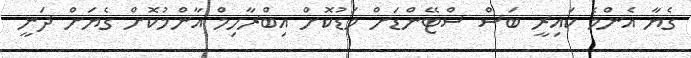
ގެޔާ އެންމެ ކައިރީ ބަސް ސްޓޭންޑަށް މަޑުކޮށް އިބްރާހިމް އާންމުކޮށް ގެޔަށް ދަނީ